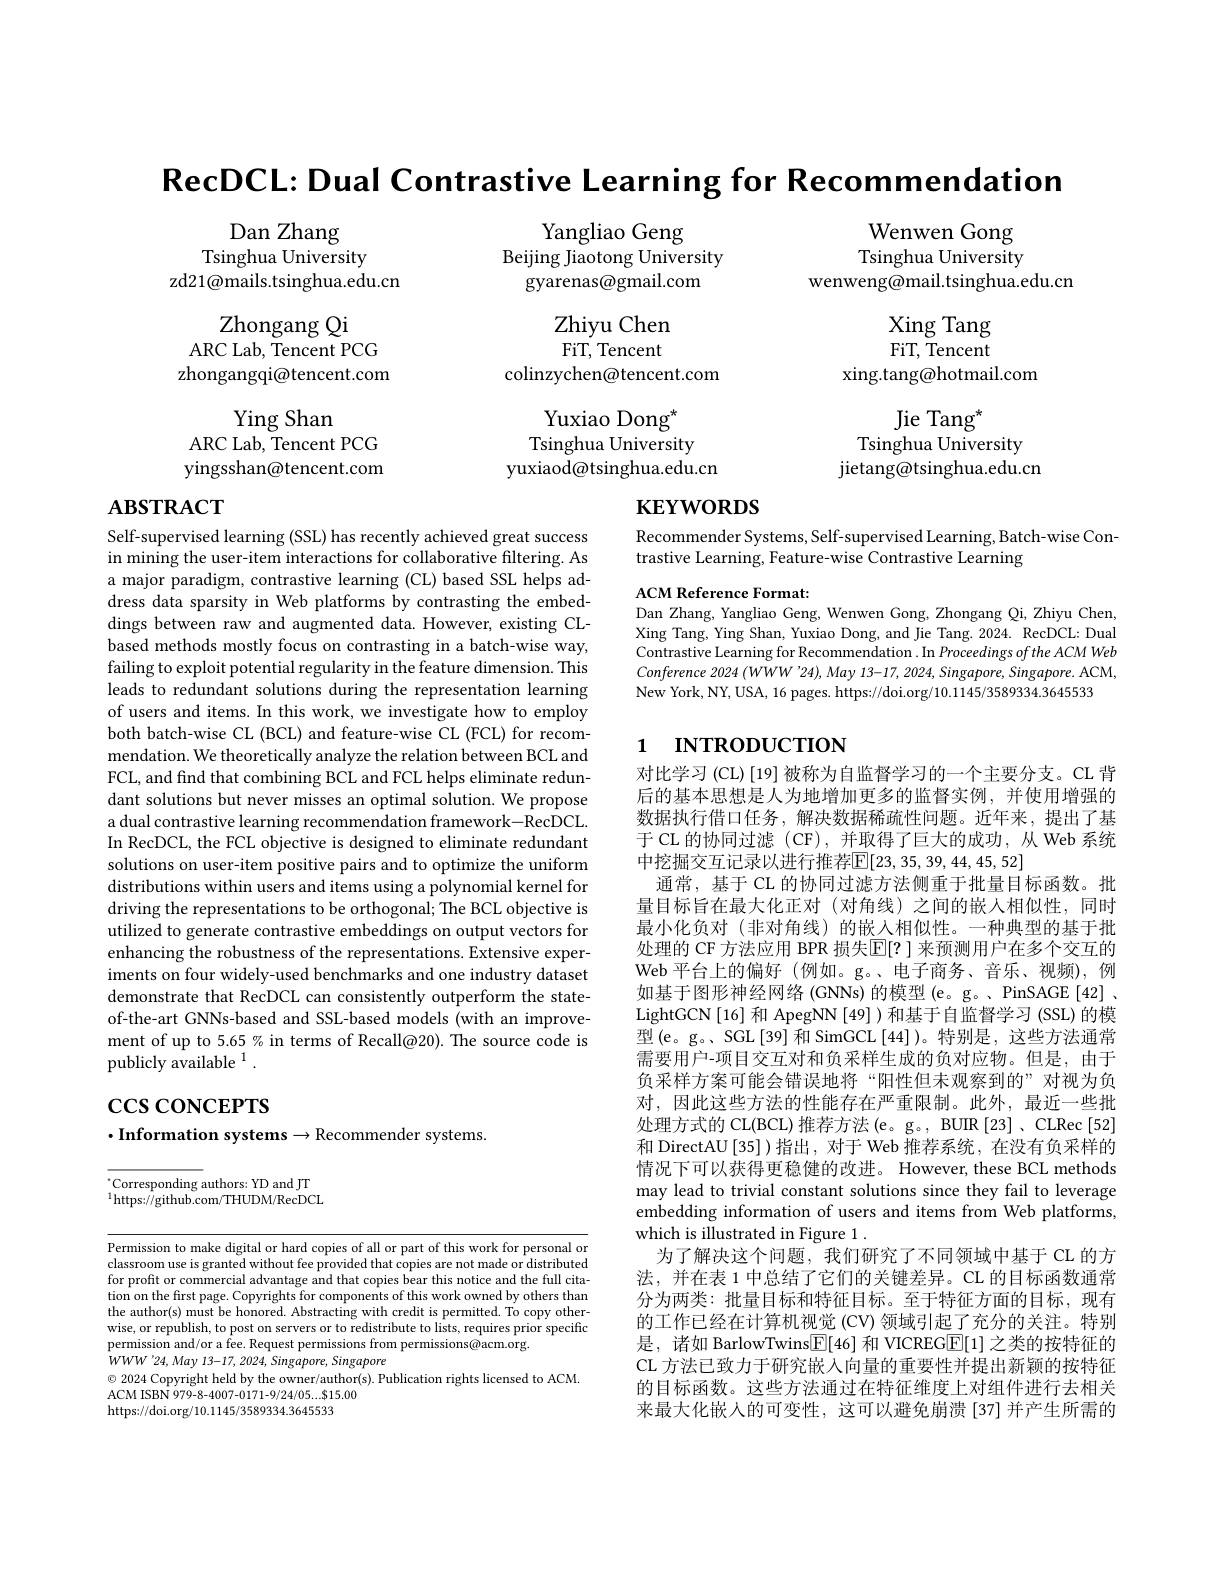
$\textbf{RecDCL: Dual Contrastive Learning for Recommendation}$

Dan Zhang
Tsinghua University
zd21@mails.tsinghua.edu.cn

Yangliao Geng
Beijing Jiaotong University
gyarenas@gmail.com

Wenwen Gong Tsinghua University
wenweng@mail.tsinghua.edu.cn

Zhongang Qi
ARC Lab, Tencent PCG zhongangqi@tencent.com

Xing Tang FiT, Tencent
xing.tang@hotmail.com
Jie Tan$g^*$
Tsinghua University
jietang@tsinghua.edu.cn

Zhiyu Chen FiT, Tencent
colinzychen@tencent.com
Yuxiao Dong$^{*}$ Tsinghua University
yuxiaod@tsinghua.edu.cn

Ying Shan
ARC Lab, Tencent PCG yingsshan@tencent.com

# $\mathbf{ABSTRACT}$

# $\mathbf{KEYWORDS}$

Recommender Systems, Self-supervised Learning, Batch-wise Con-
trastive Learning, Feature-wise Contrastive Learning

ACM Reference Format:
Dan Zhang, Yangliao Geng, Wenwen Gong, Zhongang Qi, Zhiyu Chen, Xing Tang, Ying Shan, Yuxiao Dong, and Jie Tang. 2024. RecDCL: Dual Contrastive Learning for Recommendation . In Proceedings of the ACM Web Conference 2024 (WWW'24), May 13-17, 2024, Singapore, Singapore. ACM, New York, NY, USA, 16 pages. https://doi.org/10.1145/3589334.3645533

# 1 INTRODUCTION

Self-supervised learning (SSL) has recently achieved great success in mining the user-item interactions for collaborative filtering. As a major paradigm, contrastive learning (CL) based SSL helps address data sparsity in Web platforms by contrasting the embeddings between raw and augmented data. However, existing CLbased methods mostly focus on contrasting in a batch-wise way, failing to exploit potential regularity in the feature dimension. This leads to redundant solutions during the representation learning of users and items. In this work, we investigate how to employ both batch-wise CL (BCL) and feature-wise CL (FCL) for recommendation. We theoretically analyze the relation between BCL and FCL, and find that combining BCL and FCL helps eliminate redundant solutions but never misses an optimal solution. We propose a dual contrastive learning recommendation framework-RecDCL. In RecDCL, the FCL objective is designed to eliminate redundant solutions on user-item positive pairs and to optimize the uniform distributions within users and items using a polynomial kernel for driving the representations to be orthogonal; The BCL objective is utilized to generate contrastive embeddings on output vectors for enhancing the robustness of the representations. Extensive experiments on four widely-used benchmarks and one industry dataset demonstrate that RecDCL can consistently outperform the stateof-the-art GNNs-based and SSL-based models (with an improvement of up to 5.65% in terms of Recall@20). The source code is publicly available $^1.$

对比学习 (CL) [19] 被称为自监督学习的一个主要分支。CL 背后的基本思想是人为地增加更多的监督实例，并使用增强的数据执行借口任务，解决数据稀疏性问题。近年来，提出了基于 CL 的协同过滤 (CF),并取得了巨大的成功，从 Web 系统中挖掘交互记录以进行推荐$\mathbb{E}[23,35,39,44,45,52]$
通常，基于 CL 的协同过滤方法侧重于批量目标函数。批量目标旨在最大化正对(对角线)之间的嵌人相似性，同时最小化负对(非对角线)的嵌入相似性。一种典型的基于批处理的 CF 方法应用 BPR 损失$\overline{\mathbb{E}}[?]$ 来预测用户在多个交互的Web 平台上的偏好 (例如。g。、电子商务、音乐、视频),例如基于图形神经网络 (GNNs) 的模型 (e。g。、PinSAGE[42] , LightGCN[16] 和 ApegNN [49] ) 和基于自监督学习 (SSL) 的模型(e。g。SGL[39] 和 SimGCL[44])。特别是，这些方法通常需要用户-项目交互对和负采样生成的负对应物。但是，由于负采样方案可能会错误地将“阳性但未观察到的”对视为负对，因此这些方法的性能存在严重限制。此外，最近一些批处理方式的 CL(BCL) 推荐方法 (e。g。, BUIR[23] 、CLRec[52] 和 DirectAU [35] )指出，对于 Web 推荐系统，在没有负采样的情况下可以获得更稳健的改进。However,these BCL methods may lead to trivial constant solutions since they fail to leverage embedding information of users and items from Web platforms, which is illustrated in Figure 1 .
为了解决这个问题，我们研究了不同领域中基于 CL 的方法，并在表 1 中总结了它们的关键差异。CL 的目标函数通常分为两类：批量目标和特征目标。至于特征方面的目标，现有的工作已经在计算机视觉 (CV) 领域引起了充分的关注。特别是，诸如 BarlowTwins$\boxed{\mathbb{F}}[46]$和 VICREG$\boxed{\mathbb{E}}[1]$之类的按特征的CL 方法已致力于研究嵌入向量的重要性并提出新颖的按特征的目标函数。这些方法通过在特征维度上对组件进行去相关来最大化嵌人的可变性，这可以避免崩溃[37]并产生所需的

# $\csc$coNCEPTS $\cdot$Information systems$\to$Recommender systems.

$^{*}$Corresponding authors: YD and JT $^{1}$https://github.com/THUDM/RecDCL

Permission to make digital or hard copies of all or part of this work for personal or classroom use is granted without fee provided that copies are not made or distributed for profit or commercial advantage and that copies bear this notice and the full citation on the first page. Copyrights for components of this work owned by others than the author(s) must be honored. Abstracting with credit is permitted. To copy otherwise, or republish, to post on servers or to redistribute to lists, requires prior specific permission and/or a fee. Request permissions from permissions@acm.org.
$WWW^{\prime }24, May$ 13-17, 2024, $Singapore$, Singapore
$\odot$ 2024 Copyright held by the owner/author(s). Publication rights licensed to ACM.
ACM ISBN 979-8-4007-0171-9/24/05...$15.00
https://doi.org/10.1145/3589334.3645533